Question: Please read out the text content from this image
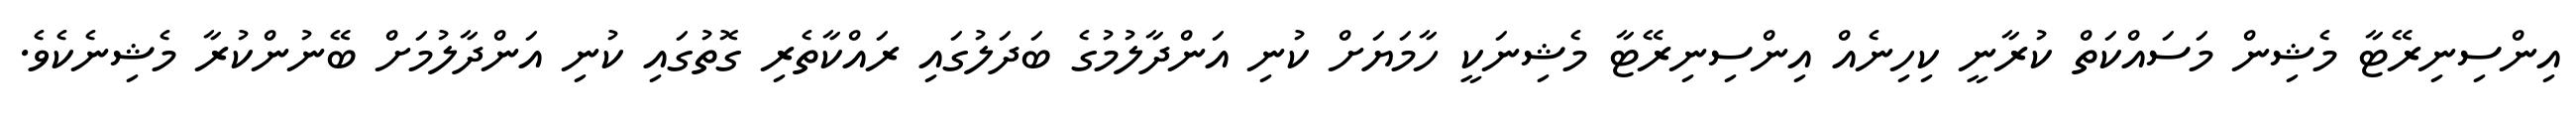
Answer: އިންސިނިރޭޓާ މެޝިން މަސައްކަތް ކުރާނީ ކިހިނެއް އިންސިނިރޭޓާ މެޝިނަކީ ހާމަޔަށް ކުނި އަންދާލުމުގެ ބަދަލުގައި ރައްކާތެރި ގޮތުގައި ކުނި އަންދާލުމަށް ބޭނުންކުރާ މެޝިނެކެވެ.